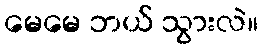
မေမေ ဘယ် သွားလဲ။